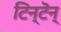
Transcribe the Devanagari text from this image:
टिन्टॆन्